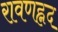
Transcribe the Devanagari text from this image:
रावणह्नद